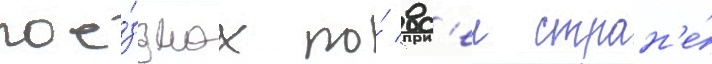
пое́здках по́ вс'еи стран'е́